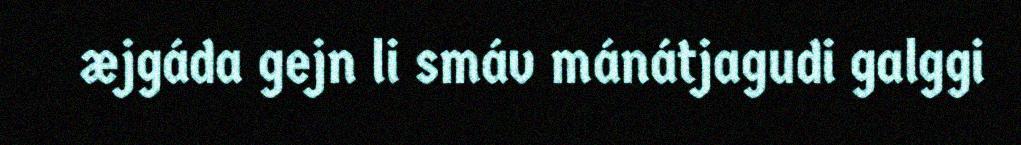
æjgáda gejn li smáv mánátjagudi galggi